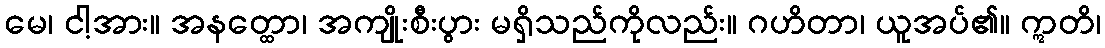
မေ၊ ငါ့အား။ အနတ္ထော၊ အကျိုးစီးပွား မရှိသည်ကိုလည်း။ ဂဟိတာ၊ ယူအပ်၏။ ဣတိ၊